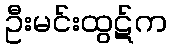
ဦးမင်းထွဋ်က